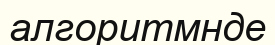
алгоритмнде